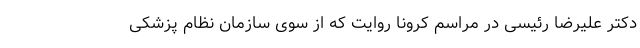
دکتر علیرضا رئیسی در مراسم کرونا روایت که از سوی سازمان نظام پزشکی